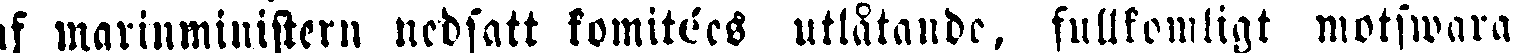
af marinministern nedsatt komitées utlåtande, fullkomligt motswara